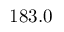
1 8 3 . 0